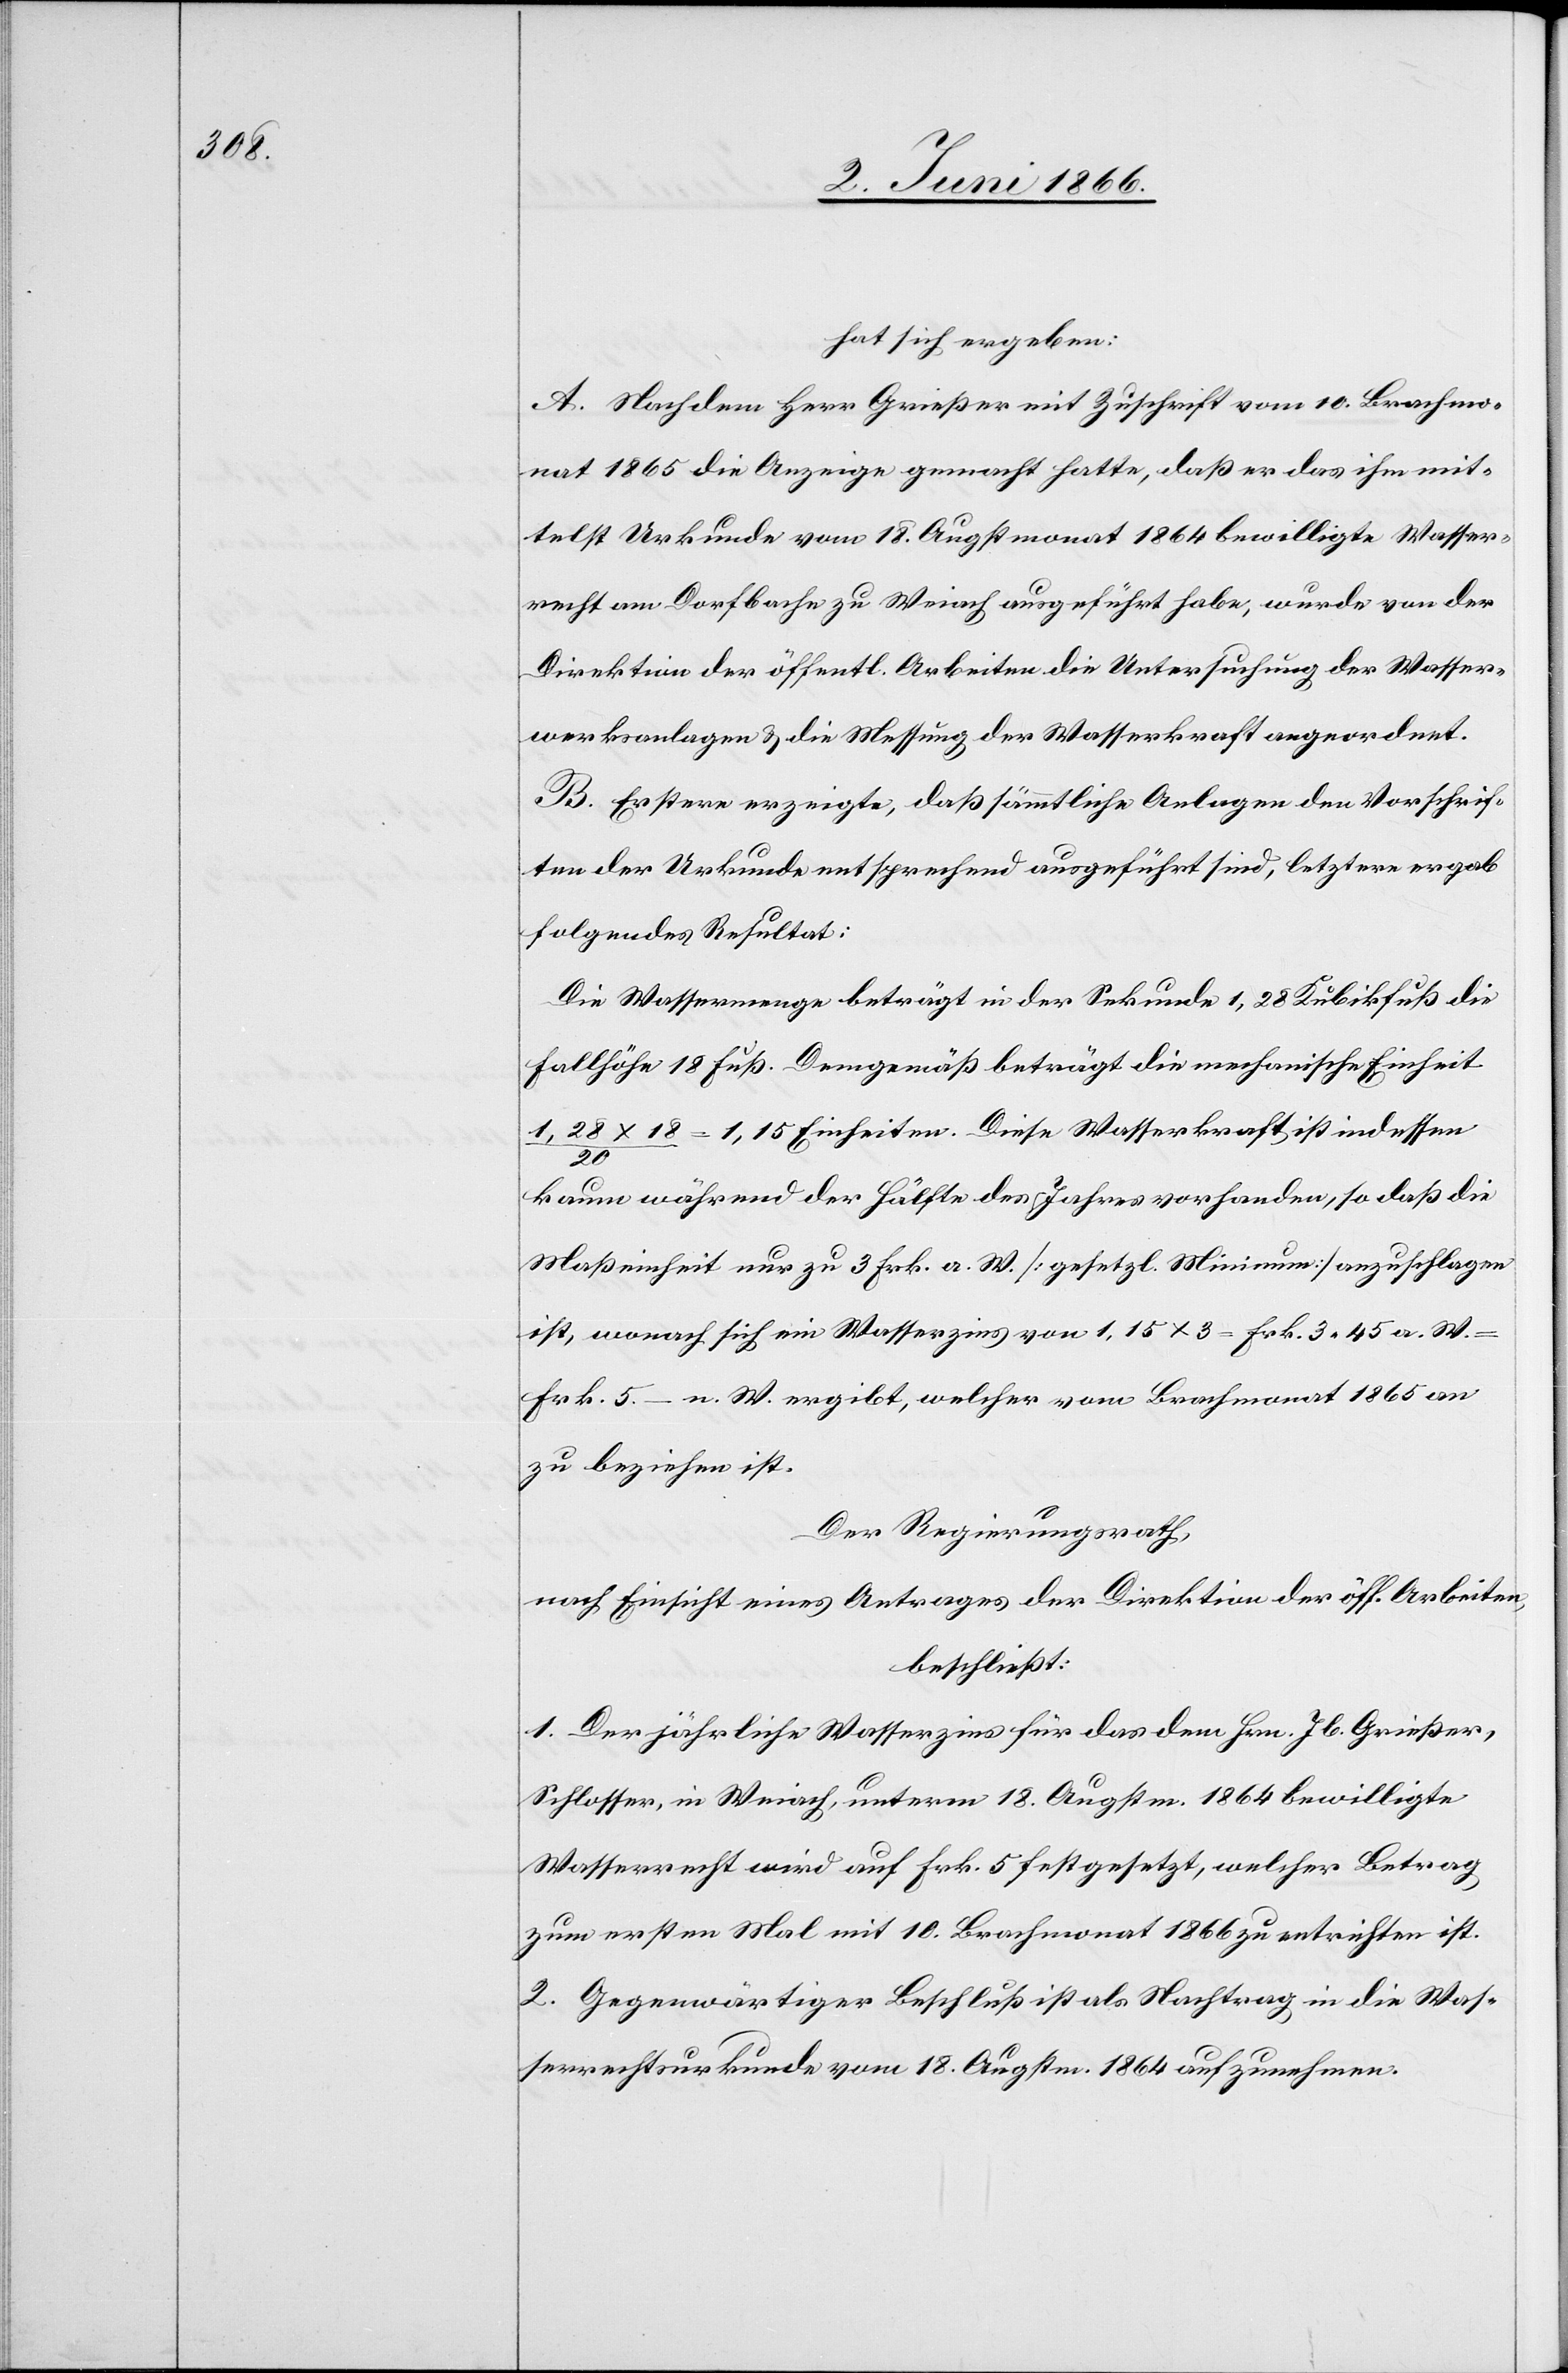
hat sich ergeben:
A. Nachdem Herr Grießer mit Zuschrift vom 10. Brachmo¬
nat 1865 die Anzeige gemacht hatte, daß er das ihm mit¬
telst Urkunde vom 18. Augstmonat 1864 bewilligte Wasser¬
recht am Dorfbache zu Weiach ausgeführt habe, wurde von der
Direktion der öffentl. Arbeiten die Untersuchung der Wasser¬
werksanlagen u. die Messung der Wasserkraft angeordnet.
B. Erstere erzeigte, daß sämmtliche Anlagen den Vorschrif¬
ten der Urkunde entsprechend ausgeführt sind, letztere ergab
folgendes Resultat:
Die Wassermenge beträgt in der Sekunde 1.28 Kubikfuß[,] die
Fallhöhe 18 Fuß. Demgemäß beträgt die mechanische Einheit
1,28 x 18 / 20 = 1,15 Einheiten. Diese Wasserkraft ist indessen
kaum während der Hälfte des Jahres vorhanden, so daß die
Maßeinheit nur zu 3 Frk. a. W. [gesetzl. Minimum] anzuschlagen
ist, wonach sich ein Wasserzins von 1,15 x 3 = Frk. 3.45 a. W.
Frk. 5.– n. W. ergibt, welcher vom Brachmonat 1865 an
zu beziehen ist.
Der Regierungsrath,
nach Einsicht eines Antrages der Direktion der öff. Arbeiten,
beschließt:
1. Der jährliche Wasserzins für das dem Hrn. Jb. Grießer,
Schlosser, in Weiach, unterm 18. Augstm. 1864 bewilligte
Wasserrecht wird auf Frk. 5 festgesetzt, welcher Betrag
zum ersten Mail mit 10. Brachmonat 1866 zu entrichten ist.
2. Gegenwärtiger Beschluß ist als Nachtrag in die Was¬
serrechtsurkunde vom 18. Augstm. 1864 aufzunehmen.